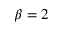
\beta = 2